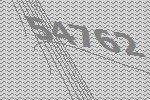
54762